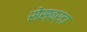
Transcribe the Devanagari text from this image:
सेस्वर्दा